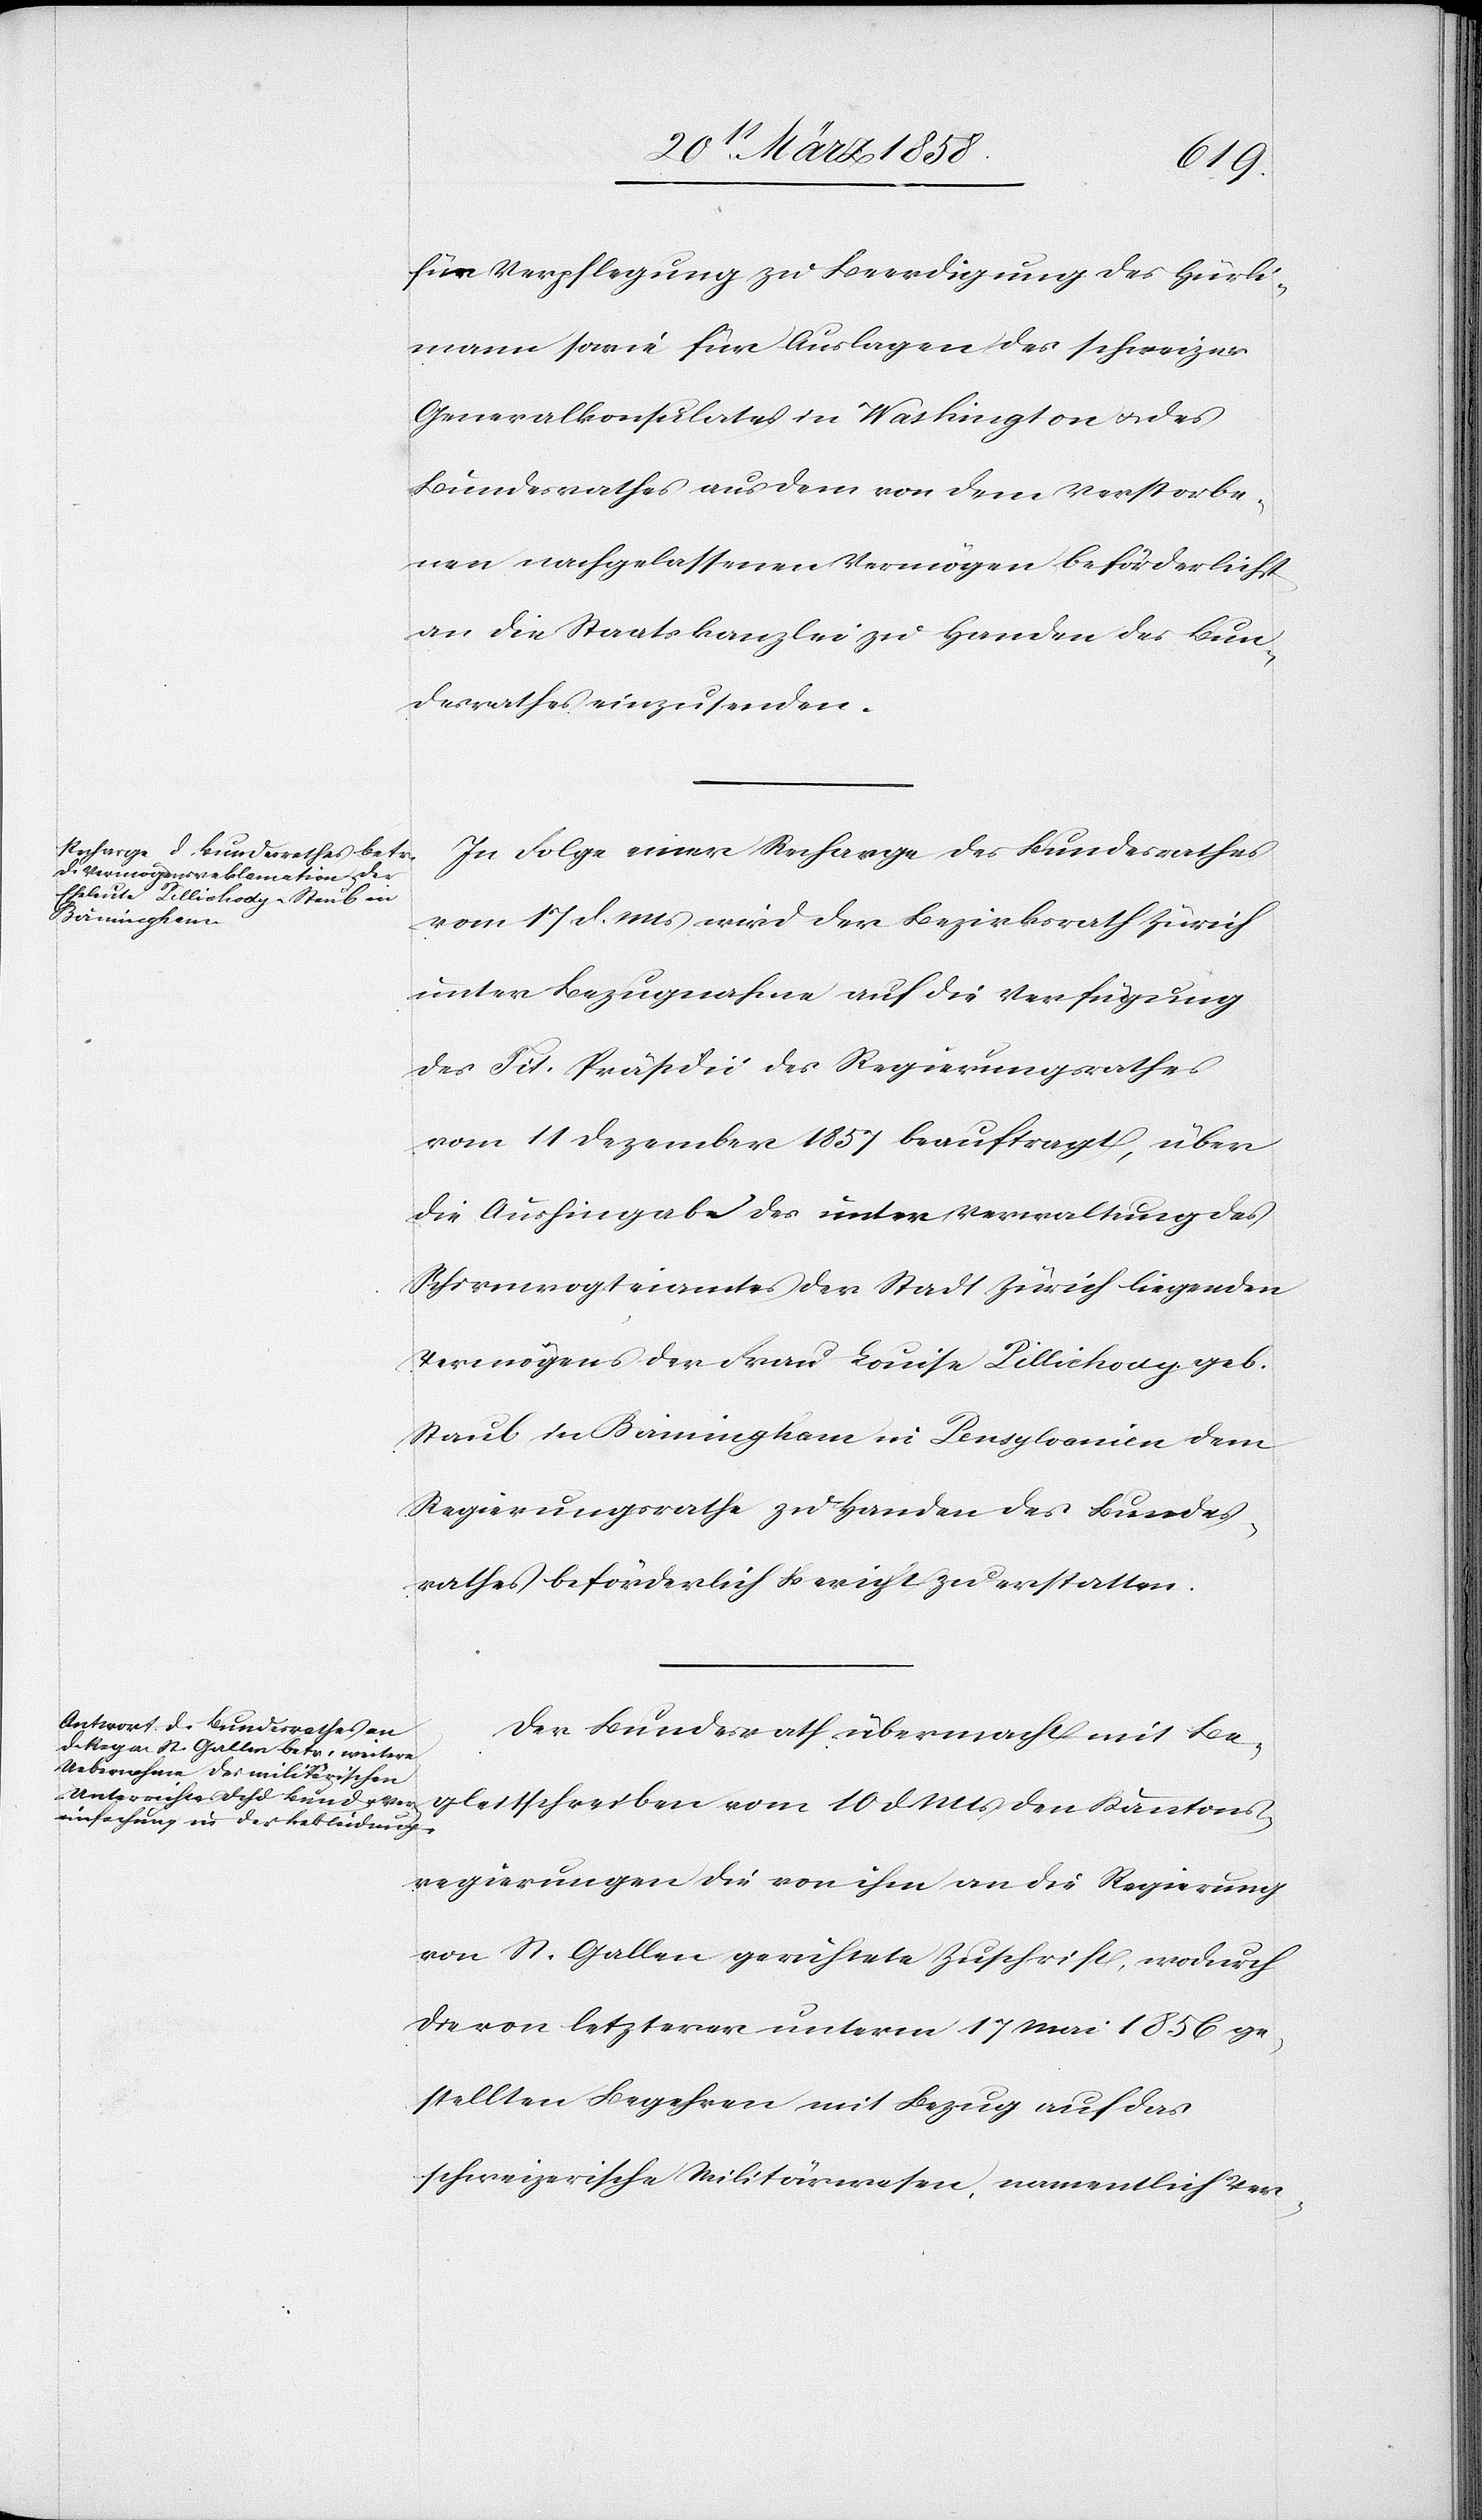
für Verpflegung zu Beerdigung des Hürli¬
mann sowie für Auslagen des schweizer
Generalkonsulates in Washington u. des
Bundesrathes aus dem von dem Verstorbe¬
nen nachgelassenen Vermögen beförderlichst
an die Staatskanzlei zu Handen des Bun¬
desrathes einzusenden.
In Folge einer Recharge des Bundesrathes
vom 17. d. Mts. wird der Bezirksrath Zürich
unter Bezugnahme auf die Verfügung
des Tit. Präsidii des Regierungsrathes
vom 11. Dezember 1857 beauftragt, über
die Aushingabe des unter Verwaltung des
Schirmvogteiamtes der Stadt Zürich liegenden
Vermögens der Frau Louise Pillichody geb.
Staub in Birmingham in Pensylvanien dem
Regierungsrathe zu Handen des Bundes¬
rathes beförderlich Bericht zu erstatten.
Der Bundesrath übermacht mit Be¬
gleitschreiben vom 10. d. Mts. den Kantons¬
regierungen die von ihm an die Regierung
von St. Gallen gerichtete Zuschrift, wodurch
die von letzterer unterm 17. Mai 1856 ge¬
stellten Begehren mit Bezug auf das
schweizerische Militärwesen, namentlich Ver-